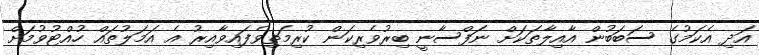
އަދި އެކަމުގެ ސަބަބުން އާއިލާތަކަށް ނަފްސާނީ ބިރުވެރިކަން ކުރިމަތިވެފައިވާއިރު އެ އަމަލުތައް ހުއްޓުވުމަށް